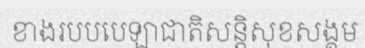
ខាងរបបបេឡាជាតិសន្តិសុខសង្គម